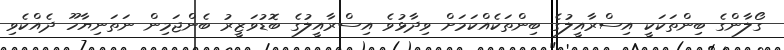
ގޯލާންގެ ބިންތަކަކީ އިސްރާއީލުގެ ބިންތަކެއްކަމަށް ވިދާޅުވެ އިސްރާއީލުގެ ބޮޑުވަޒީރު ބެންޖަމިން ނަތަނިޔާހޫ ދެއްކެވި